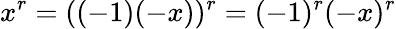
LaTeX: x^{r}=((-1)(-x))^{r}=(-1)^{r}(-x)^{r}